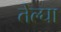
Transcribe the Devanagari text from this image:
तेल्घा